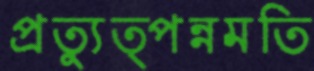
প্রত্যুত্পন্নমতি